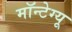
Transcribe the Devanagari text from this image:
मॉन्टेग्यू